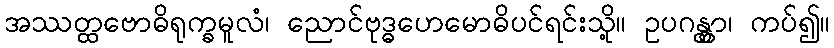
အဿတ္ထဗောဓိရုက္ခမူလံ၊ ညောင်ဗုဒ္ဓဟေမောဓိပင်ရင်းသို့။ ဥပဂန္တွာ၊ ကပ်၍။